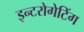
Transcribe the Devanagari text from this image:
इन्टरोगेटिंग